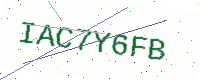
Text: IAC7Y6FB